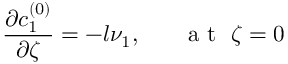
\frac { \partial c _ { 1 } ^ { ( 0 ) } } { \partial \zeta } = - l \nu _ { 1 } , ~ ~ ~ ~ ~ \mathrm { ~ a ~ t ~ } ~ \zeta = 0